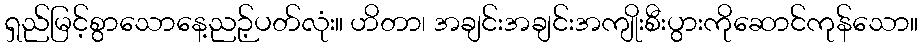
ရှည်မြင့်စွာသောနေ့ညဉ့်ပတ်လုံး။ ဟိတာ၊ အချင်းအချင်းအကျိုးစီးပွားကိုဆောင်ကုန်သော။